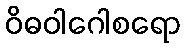
ဝိဓဝါဂေါစရော